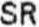
SR